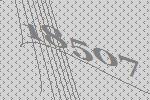
18507